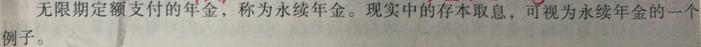
无限期定额支付的年金，称为永续年金。现实中的存本取息，可视为永续年金的一个例子。